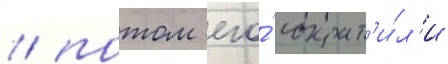
/ потом его́ сократ'и́л'и